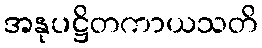
အနုပဋ္ဌိတကာယသတိ